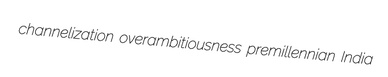
channelization overambitiousness premillennian India